Indian journal of veterinary science and animal husbandry - Volume 13,
Year: 1943
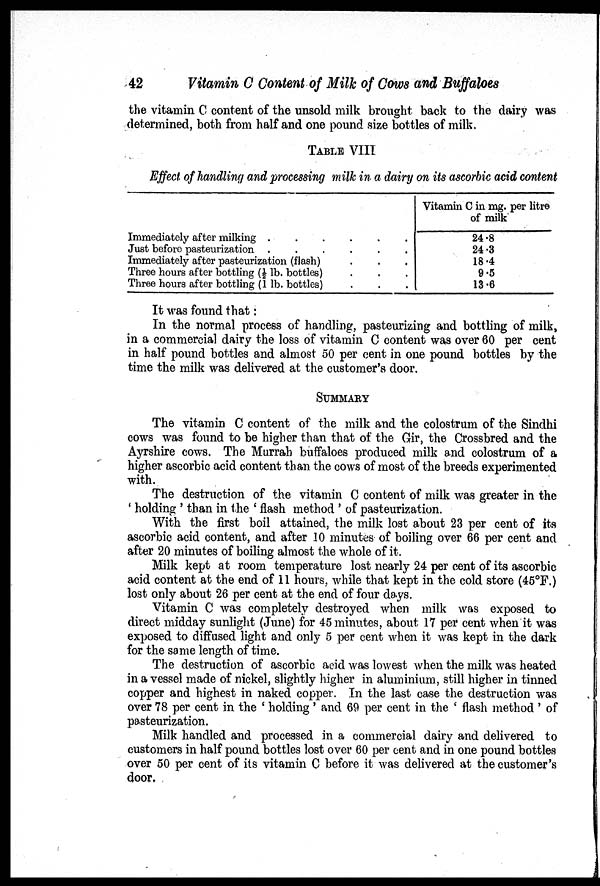
42
Vitamin C Content of Milk of Cows and Buffaloes
the vitamin C content of the unsold milk brought back to the dairy was
determined, both from half and one pound size bottles of milk.
TABLE VIII
Effect, of handling and processing milk in a dairy on its ascorbic acid content
Immediately after milking
Just before pasteurization
......
Immediately after pasteurization (flash) ...
Three hours after bottling (½ lb. bottles) ...
Three hours after bottling (1 lb. bottles) ...
Vitamin C in mg. per litre
of milk
24.8
24.3
18.4
9.5
13.6
It was found that:
In the normal process of handling, pasteurizing and bottling of milk,
in a commercial dairy the loss of vitamin C content was over 60 per cent
in half pound bottles and almost 50 per cent in one pound bottles by the
time the milk was delivered at the customer's door.
SUMMARY
The vitamin C content of the milk and the colostrum of the Sindhi
cows was found to be higher than that of the Gir, the Crossbred and the
Ayrshire cows. The Murrah buffaloes produced milk and colostrum of a
higher ascorbic acid content than the cows of most of the breeds experimented
with.
The destruction of the vitamin C content of milk was greater in the
' holding ' than in the ' flash method ' of pasteurization.
With the first boil attained, the milk lost about 23 per cent of its
ascorbic acid content, and after 10 minutes of boiling over 66 per cent and
after 20 minutes of boiling almost the whole of it.
Milk kept at room temperature lost nearly 24 per cent of its ascorbic
acid content at the end of 11 hours, while that kept in the cold store (45°F.)
lost only about 26 per cent at the end of four days.
Vitamin C was completely destroyed when milk was exposed to
direct midday sunlight (June) for 45 minutes, about 17 per cent when it was
exposed to diffused light and only 5 per cent when it was kept in the dark
for the same length of time.
The destruction of ascorbic acid was lowest when the milk was heated
in a vessel made of nickel, slightly higher in aluminium, still higher in tinned
copper and highest in naked copper. In the last case the destruction was
over 78 per cent in the ' holding' and 69 per cent in the ' flash method ' of
pasteurization.
Milk handled and processed in a commercial dairy and delivered to
customers in half pound bottles lost over 60 per cent and in one pound bottles
over 50 per cent of its vitamin C before it was delivered at the customer's
door.